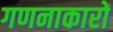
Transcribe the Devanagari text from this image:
गणनाकारों